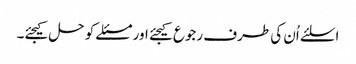
اسلئے اُن کی طرف رجوع کیجئے اور مسئلے کو حل کیجئے۔